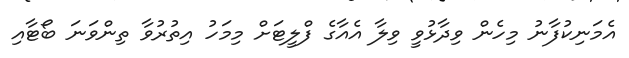
އެމަނިކުފާނު މިހެން ވިދާޅުވީ ވިލާ އެއާގެ ފްލީޓަށް މިމަހު އިތުރުވާ ތިންވަނަ ބޯޓާއި